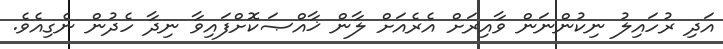
އަދި ރުހައިލު ނިކުންނަން ވާއިރަށް އެރެއަށް ލާން ޚާއްޞަކޮށްފައިވާ ނިދާ ހެދުން ނެގިއެވެ.